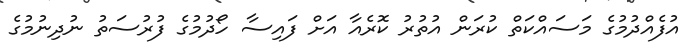
އުފެއްދުމުގެ މަސައްކަތް ކުރަން އުތުރު ކޮރެއާ އަށް ފައިސާ ހޯދުމުގެ ފުރުސަތު ނުދިނުމުގެ